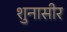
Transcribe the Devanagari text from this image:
शुनासीर